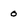
Character: 0